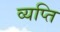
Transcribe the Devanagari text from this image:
व्यप्ति